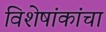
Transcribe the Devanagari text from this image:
विशेषांकांचा